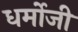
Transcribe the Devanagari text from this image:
धर्मोजी